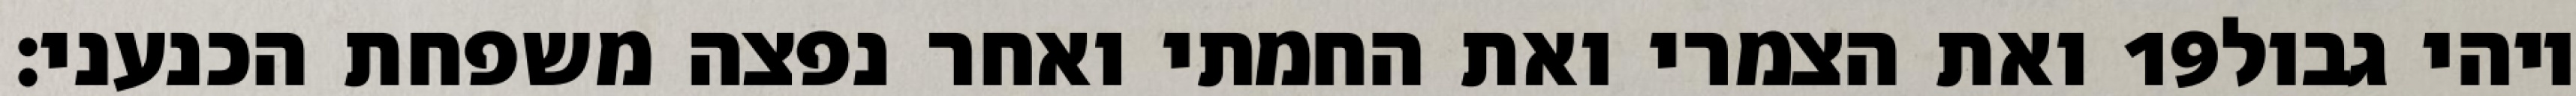
ואת הצמרי ואת החמתי ואחר נפצה משפחת הכנעני׃ ‎19‏ ויהי גבול